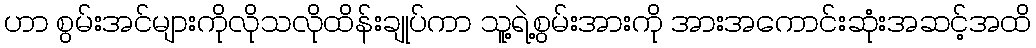
ဟာ စွမ်းအင်များကိုလိုသလိုထိန်းချုပ်ကာ သူ့ရဲ့စွမ်းအားကို အားအကောင်းဆုံးအဆင့်အထိ